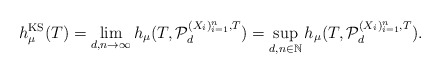
\begin{align*}h_\mu^{\mathrm{KS}}(T)=\lim\limits_{d,n\to\infty} h_\mu(T,\mathcal{P}_d^{(X_i)_{i=1}^n,T})=\sup_{d,n\in {\mathbb N}} h_\mu(T,\mathcal{P}_d^{(X_i)_{i=1}^n,T}).\end{align*}